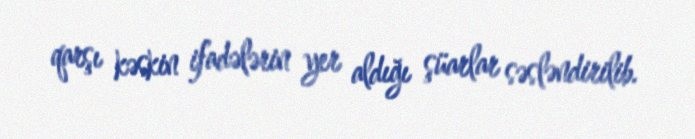
qarşı kəskin ifadələrin yer aldığı şüarlar səsləndirilib.